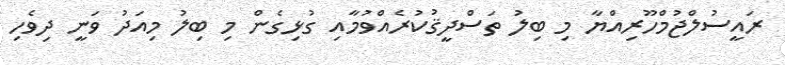
ރައީސުލްޖުމްހޫރިއްޔާ މި ބިލު ތަސްދީޤުކުރެއްވުމާއި ގުޅިގެން މި ބިލު މިއަދު ވަނީ ދިވެހި